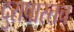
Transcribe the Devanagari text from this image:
दुरापास्तच